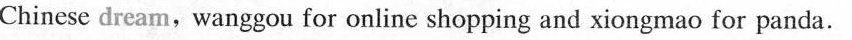
Chinese dream, wanggou for online shopping and xiongmao for panda.